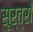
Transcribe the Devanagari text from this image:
सूर्त्रों